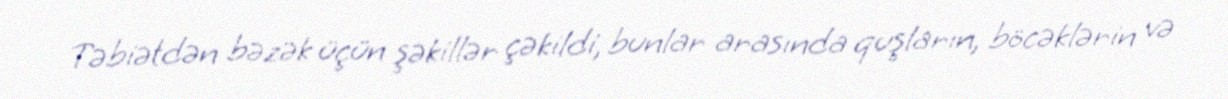
Təbiətdən bəzək üçün şəkillər çəkildi, bunlar arasında quşların, böcəklərin və